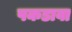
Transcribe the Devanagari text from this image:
पकडावा